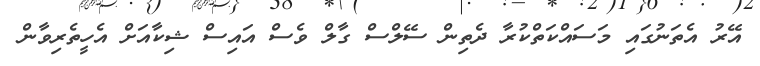
އޭރު އެތަނުގައި މަސައްކަތްކުރާ ދެތިން ސޭލްސް ގާލް ވެސް އައިސް ޝިކާއަށް އެހީތެރިވާން